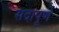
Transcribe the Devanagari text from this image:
सदापूर्णे